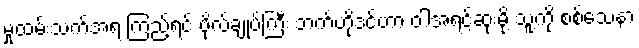
မှုထမ်းသက်အရ ကြည့်ရင် ဗိုလ်ချုပ်ကြီး ဘက်ဟိုဒင်ဟာ ဝါအရင့်ဆုံးမို့ သူ့ကို စစ်သေနာ